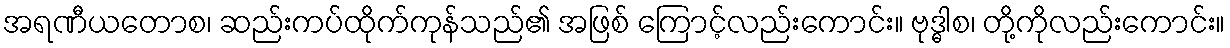
အရဏီယတောစ၊ ဆည်းကပ်ထိုက်ကုန်သည်၏ အဖြစ် ကြောင့်လည်းကောင်း။ ဗုဒ္ဓါစ၊ တို့ကိုလည်းကောင်း။